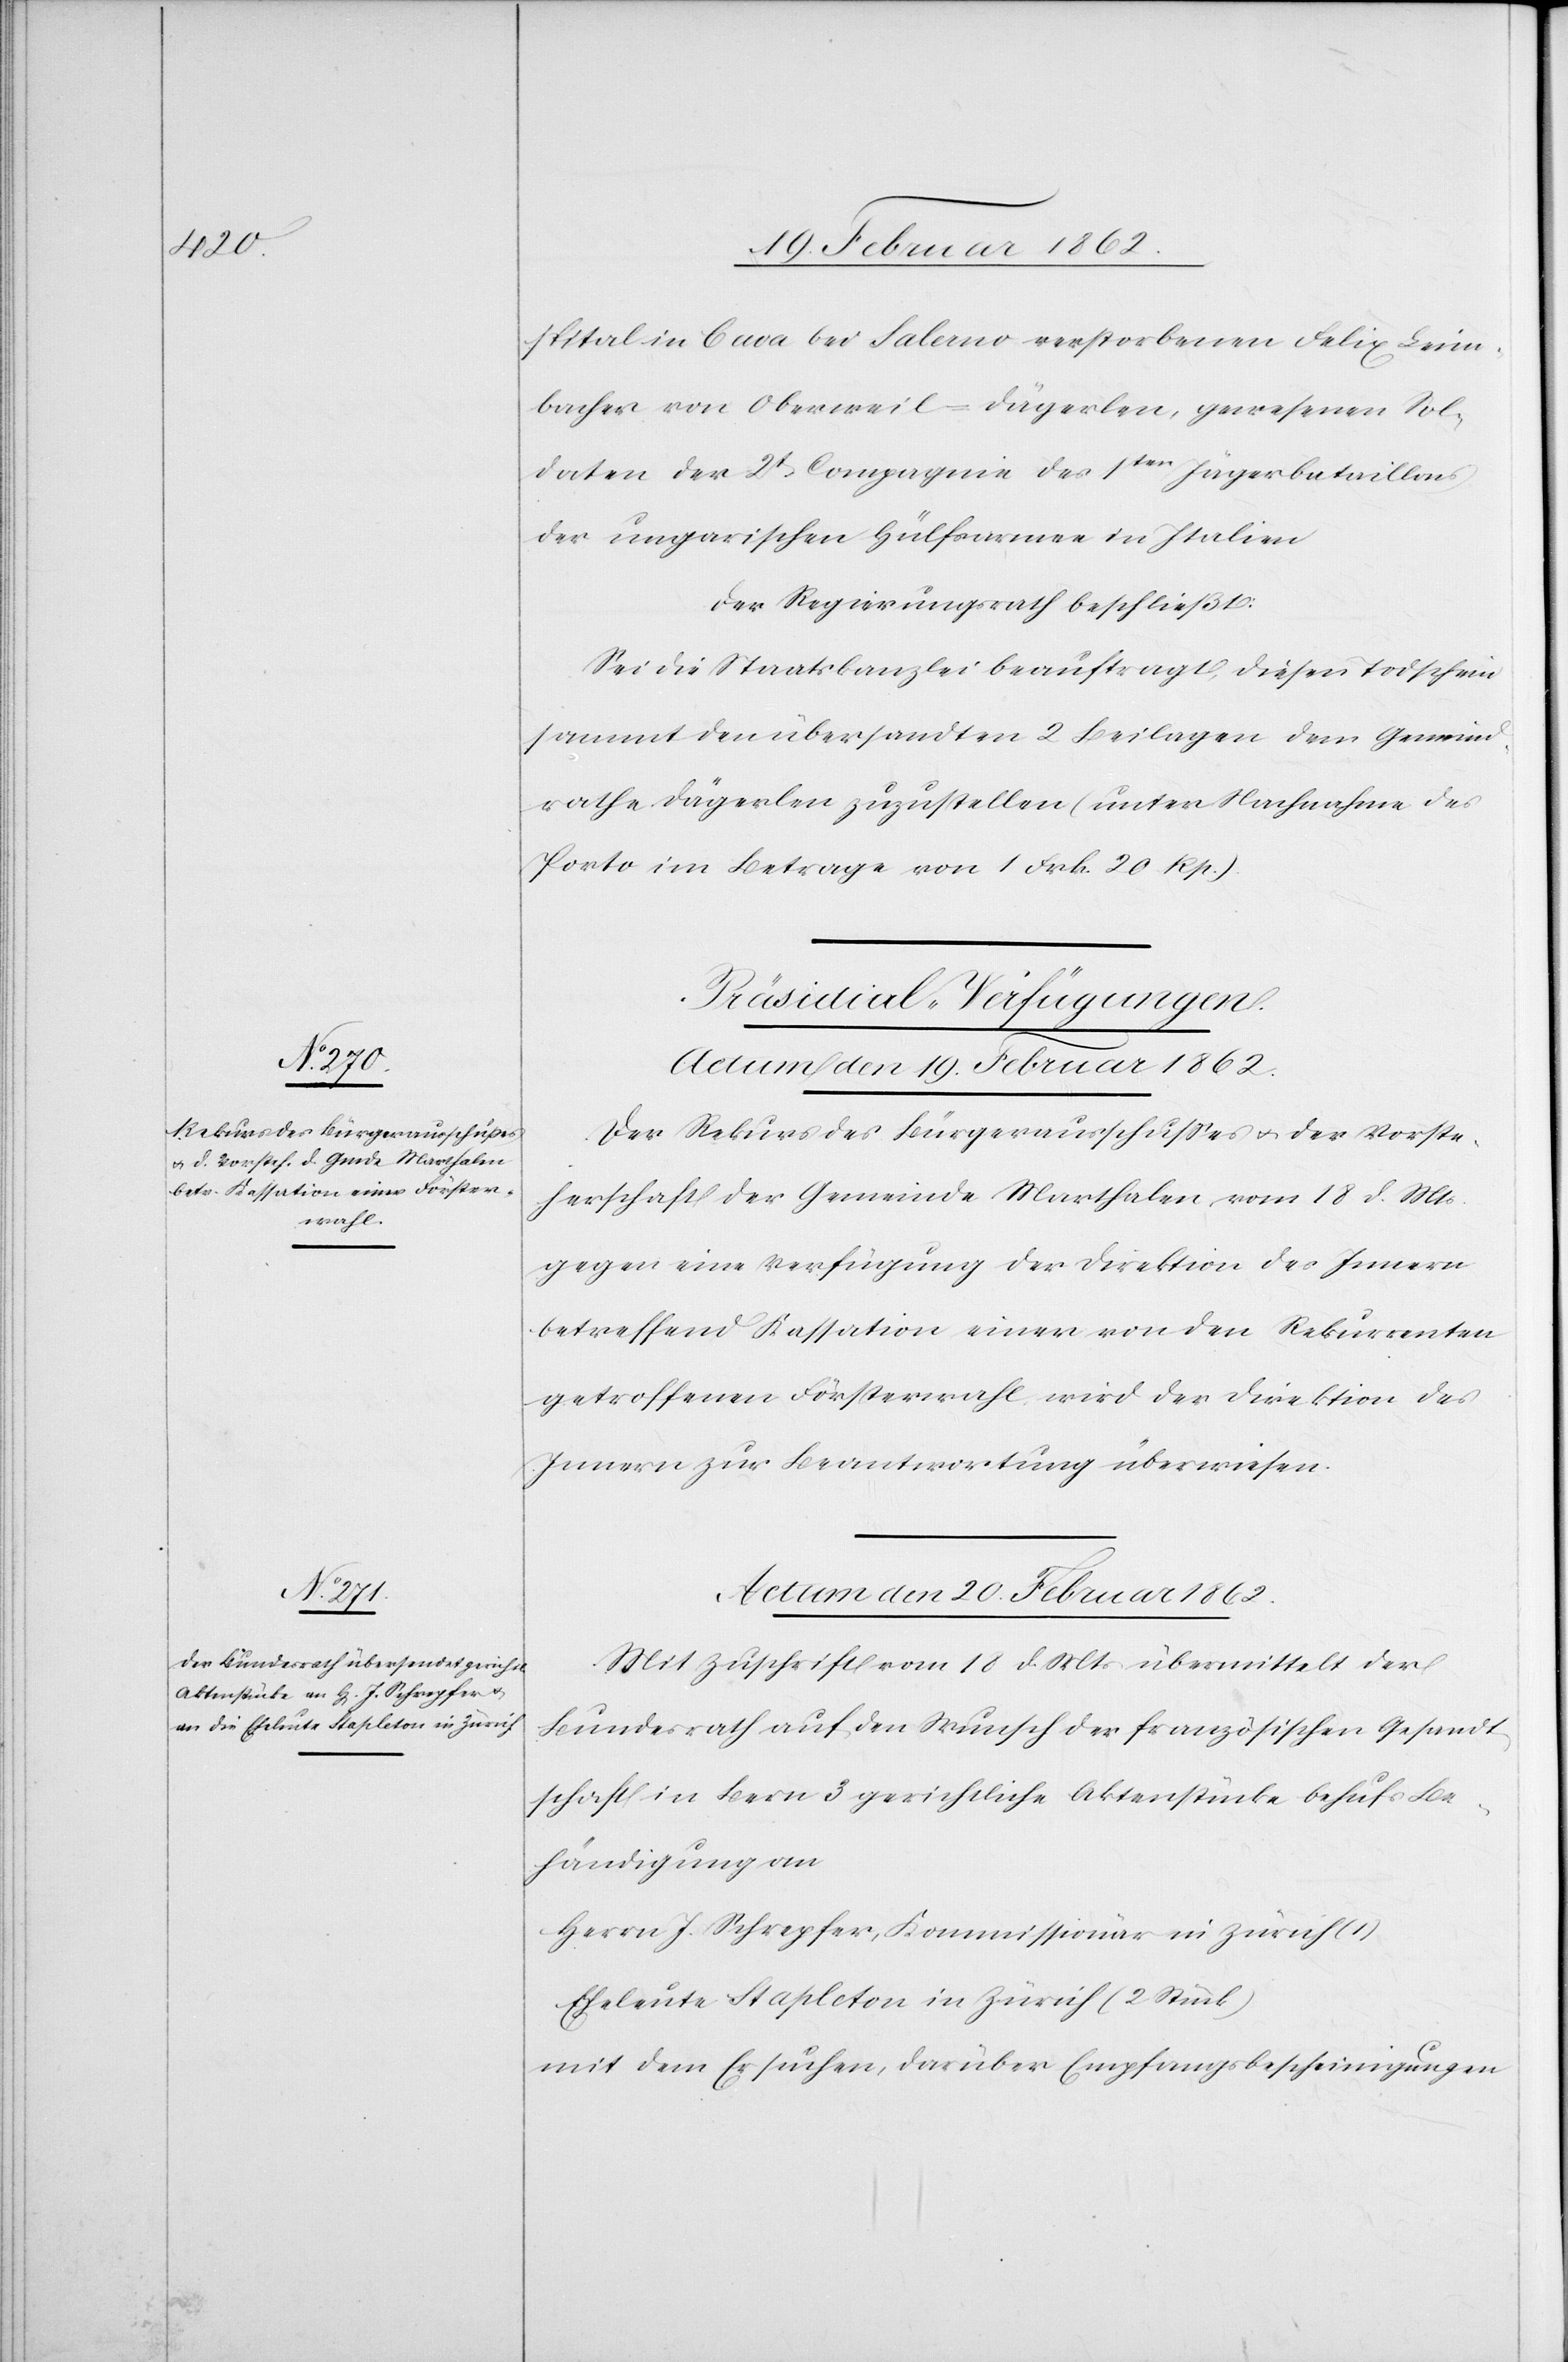
spital in Cava bei Salerno verstorbenen Felix Leim¬
bacher von Oberweil-Dägerlen, gewesenen Sol¬
daten der 2t. Compagnie des 1ten Jägerbataillons
der ungarischen Hülfsarmee in Italien.
Der Regierungsrath beschließt:
Sei die Staatskanzlei beauftragt, diesen Todschein
sammt den übersandten 2 Beilagen dem Gemeind¬
rathe Dägerlen zuzustellen (unter Nachnahme des
Porto im Betrage von 1 Frk. 20 Rp.)
[Präsidial-Verfügungen.]
Actum den 19. Februar 1862.
Der Rekurs des Bürgerausschußes u. der Vorste¬
herschaft der Gemeinde Marthalen vom 18 d. Mts
gegen eine Verfügung der Direktion des Innern
betreffend Kassation einer von den Rekurrenten
getroffenen Försterwahl wird der Direktion des
Innern zu Beantwortung überwiesen.
Actum den 20. Februar 1862.
Mit Zuschrift vom 18 d. Mts übermittelt der
Bundesrath auf den Wunsch der französischen Gesandt¬
schaft in Bern 3 gerichtliche Aktenstücke behufs Be¬
händigung an
Herrn J. Schrepfer, Kommissionär in Zürich (1)
Eheleute Stapleton in Zürich (2 Stück)
mit dem Ersuchen, darüber Empfangsbescheinigungen